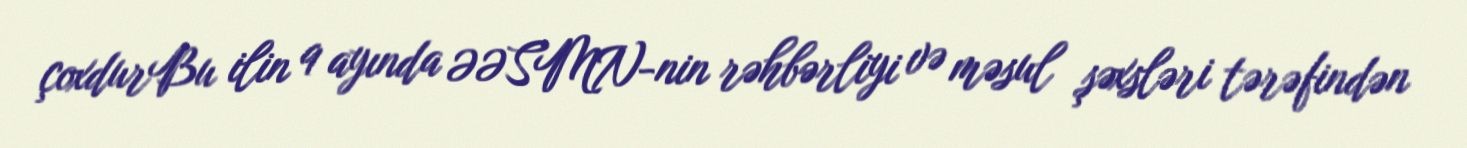
çoxdurBu ilin 9 ayında ƏƏSMN-nin rəhbərliyi və məsul şəxsləri tərəfindən